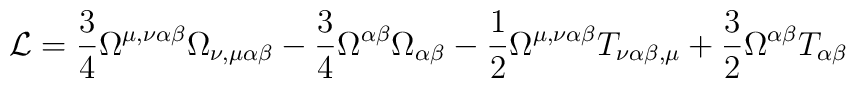
{\cal L} = \frac{3}{4} \Omega^{\mu,\nu\alpha\beta}\Omega_{\nu,\mu\alpha\beta} - \frac{3}{4} \Omega^{\alpha\beta}\Omega_{\alpha\beta} - \frac{1}{2} \Omega^{\mu,\nu\alpha\beta}T_{\nu\alpha\beta,\mu} + \frac{3}{2} \Omega^{\alpha\beta}T_{\alpha\beta}